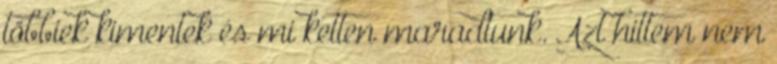
többiek kimentek és mi ketten maradtunk. Azt hittem nem